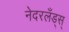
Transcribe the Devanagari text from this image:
नेदरलँड्स्